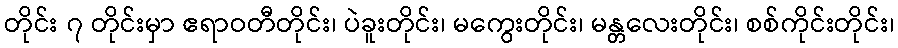
တိုင်း ၇ တိုင်းမှာ ဧရာဝတီတိုင်း၊ ပဲခူးတိုင်း၊ မကွေးတိုင်း၊ မန္တလေးတိုင်း၊ စစ်ကိုင်းတိုင်း၊